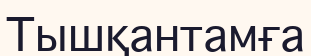
Тышқантамға